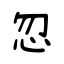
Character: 忽